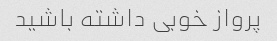
پرواز خوبی داشته باشید